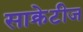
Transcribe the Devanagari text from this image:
साक्रेटीज